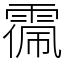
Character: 𩃥